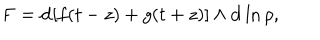
LaTeX: \mathbf { F } = \mathbf { d } [ f ( t - z ) + g ( t + z ) ] \wedge \mathbf { d } \ln { \rho } ,